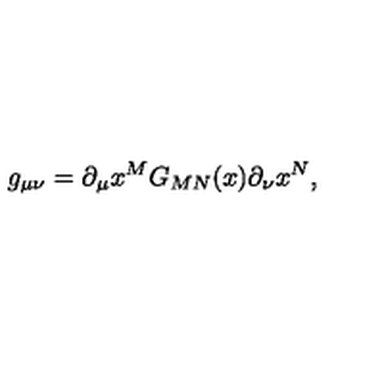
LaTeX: g _ { \mu \nu } = \partial _ { \mu } x ^ { M } G _ { M N } ( x ) \partial _ { \nu } x ^ { N } ,